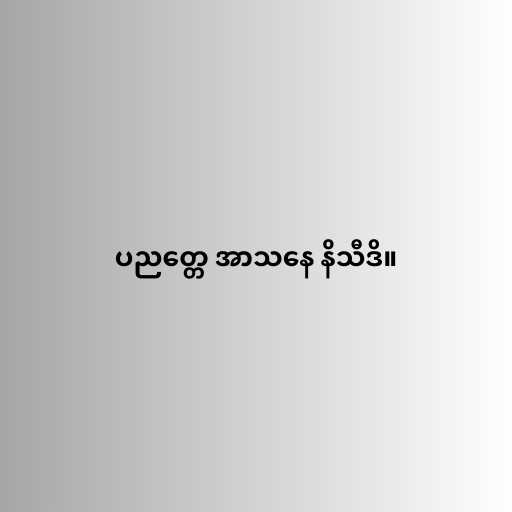
ပညတ္တေ အာသနေ နိသီဒိ။